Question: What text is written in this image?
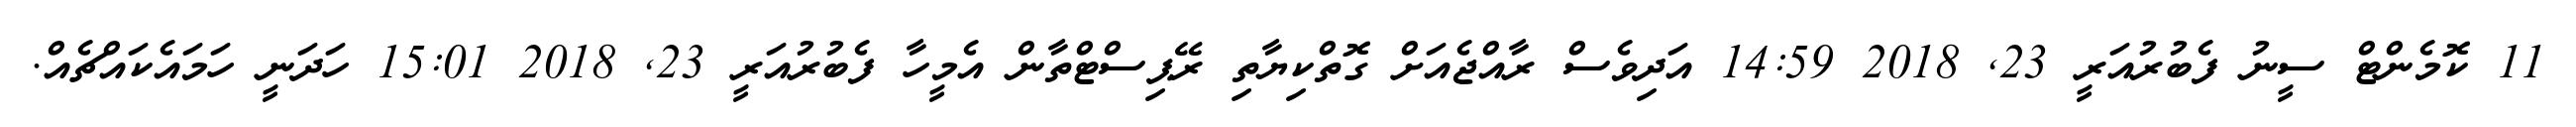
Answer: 11 ކޮމެންޓް ސީނު ފެބުރުއަރީ 23, 2018 14:59 އަދިވެސް ރާއްޖެއަށް ގޮތްކިޔާތި ރޭޕިސްޓްތާން އެމީހާ ފެބުރުއަރީ 23, 2018 15:01 ހަދަނީ ހަމައެކައްޗެއް.